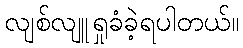
လျစ်လျူရှုခံခဲ့ရပါတယ်။